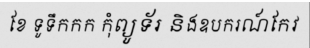
ខែ ទូទឹកកក កុំព្យូទ័រ និងឧបករណ៍កែវ